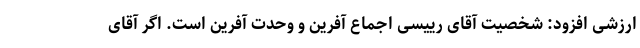
ارزشی افزود: شخصیت آقای رییسی اجماع آفرین و وحدت آفرین است. اگر آقای